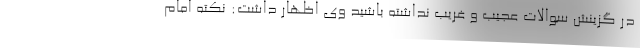
در گزینش سوالات عجیب و غریب نداشته باشید وی اظهار داشت: نکته امام